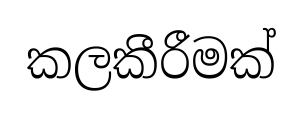
කලකීරීමක්